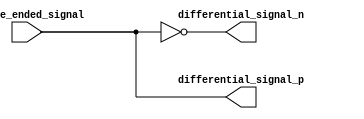
module differential_buffer (
    input single_ended_signal,
    output differential_signal_p,
    output differential_signal_n
);

assign differential_signal_p = single_ended_signal;
assign differential_signal_n = ~single_ended_signal;

endmodule